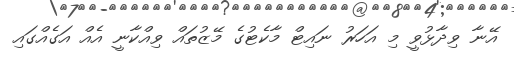
އޭނާ ވިދާޅުވީ މި އަހަރު ނައިޓް މާކެޓުގެ މޭޒުތައް ވިއްކާނީ އެއް އަގެއްގައި